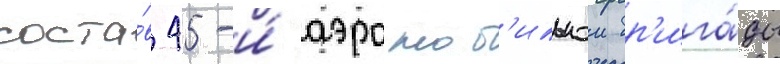
соста́в 45-и́ аэромоб'ильнои бр'ига́ды